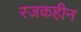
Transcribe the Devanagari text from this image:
रजकहीन